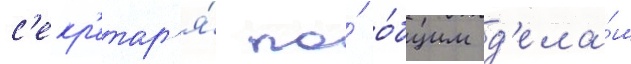
с'екр'етар'я́ по́ о́бщим д'ела́м